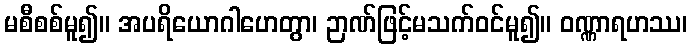
မစီစစ်မူ၍။ အပရိယောဂါဟေတွာ၊ ဉာဏ်ဖြင့်မသက်ဝင်မူ၍။ ဝဏ္ဏာရဟဿ၊